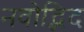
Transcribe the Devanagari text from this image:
नवोद्भिद